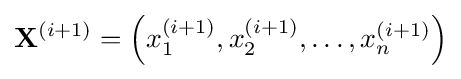
\mathbf {X} ^{(i+1)}=\left(x_{1}^{(i+1)},x_{2}^{(i+1)},\dots ,x_{n}^{(i+1)}\right)